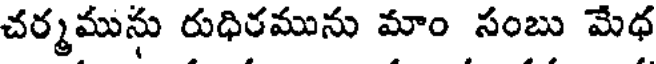
చర్మమును రుధిరమును మాం సంబు మేధ